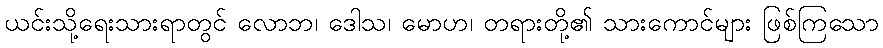
ယင်းသို့ရေးသားရာတွင် လောဘ၊ ဒေါသ၊ မောဟ၊ တရားတို့၏ သားကောင်များ ဖြစ်ကြသော